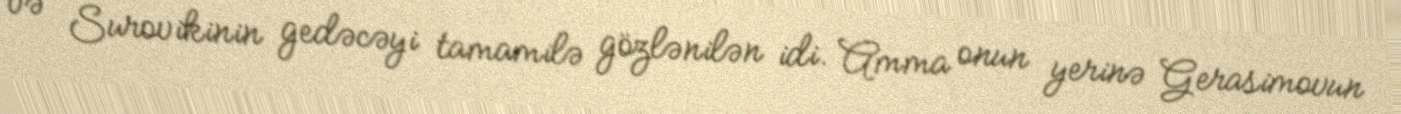
və Surovikinin gedəcəyi tamamilə gözlənilən idi. Amma onun yerinə Gerasimovun